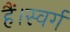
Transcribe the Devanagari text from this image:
हैं।स्वर्ग